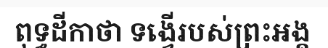
ពុទ្ធដីកាថា ទង្វើរបស់ព្រះអង្គ